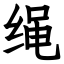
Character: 绳